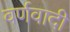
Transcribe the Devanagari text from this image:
वर्णवादी